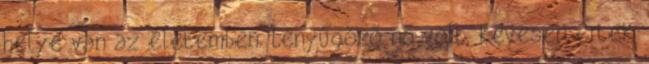
helye van az életemben. Lenyűgöző nő volt, kevesen értek